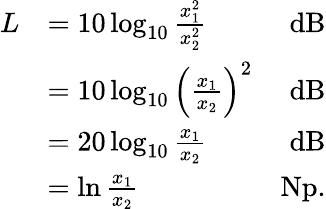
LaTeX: {\begin{array}{rlr}{L}&{=10\log_{10}{\frac{x_{1}^{2}}{x_{2}^{2}}}}&{{\mathrm{dB}}}\\ &{=10\log_{10}{\left({\frac{x_{1}}{x_{2}}}\right)}^{2}}&{{\mathrm{dB}}}\\ &{=20\log_{10}{\frac{x_{1}}{x_{2}}}}&{{\mathrm{dB}}}\\ &{=\ln{\frac{x_{1}}{x_{2}}}}&{{\mathrm{Np}}.}\end{array}}